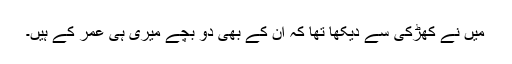
میں نے کھڑکی سے دیکھا تھا کہ ان کے بھی دو بچے میری ہی عمر کے ہیں۔